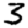
Digit: 3